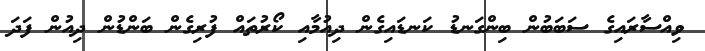
ވިއްސާރައިގެ ސަބަބުން ބިންގަނޑު ކަނޑައިގެން ދިއުމާއި ކޯރުތައް ފުރިގެން ބަންޑުން ދިއުން ފަދަ